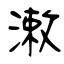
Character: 潄